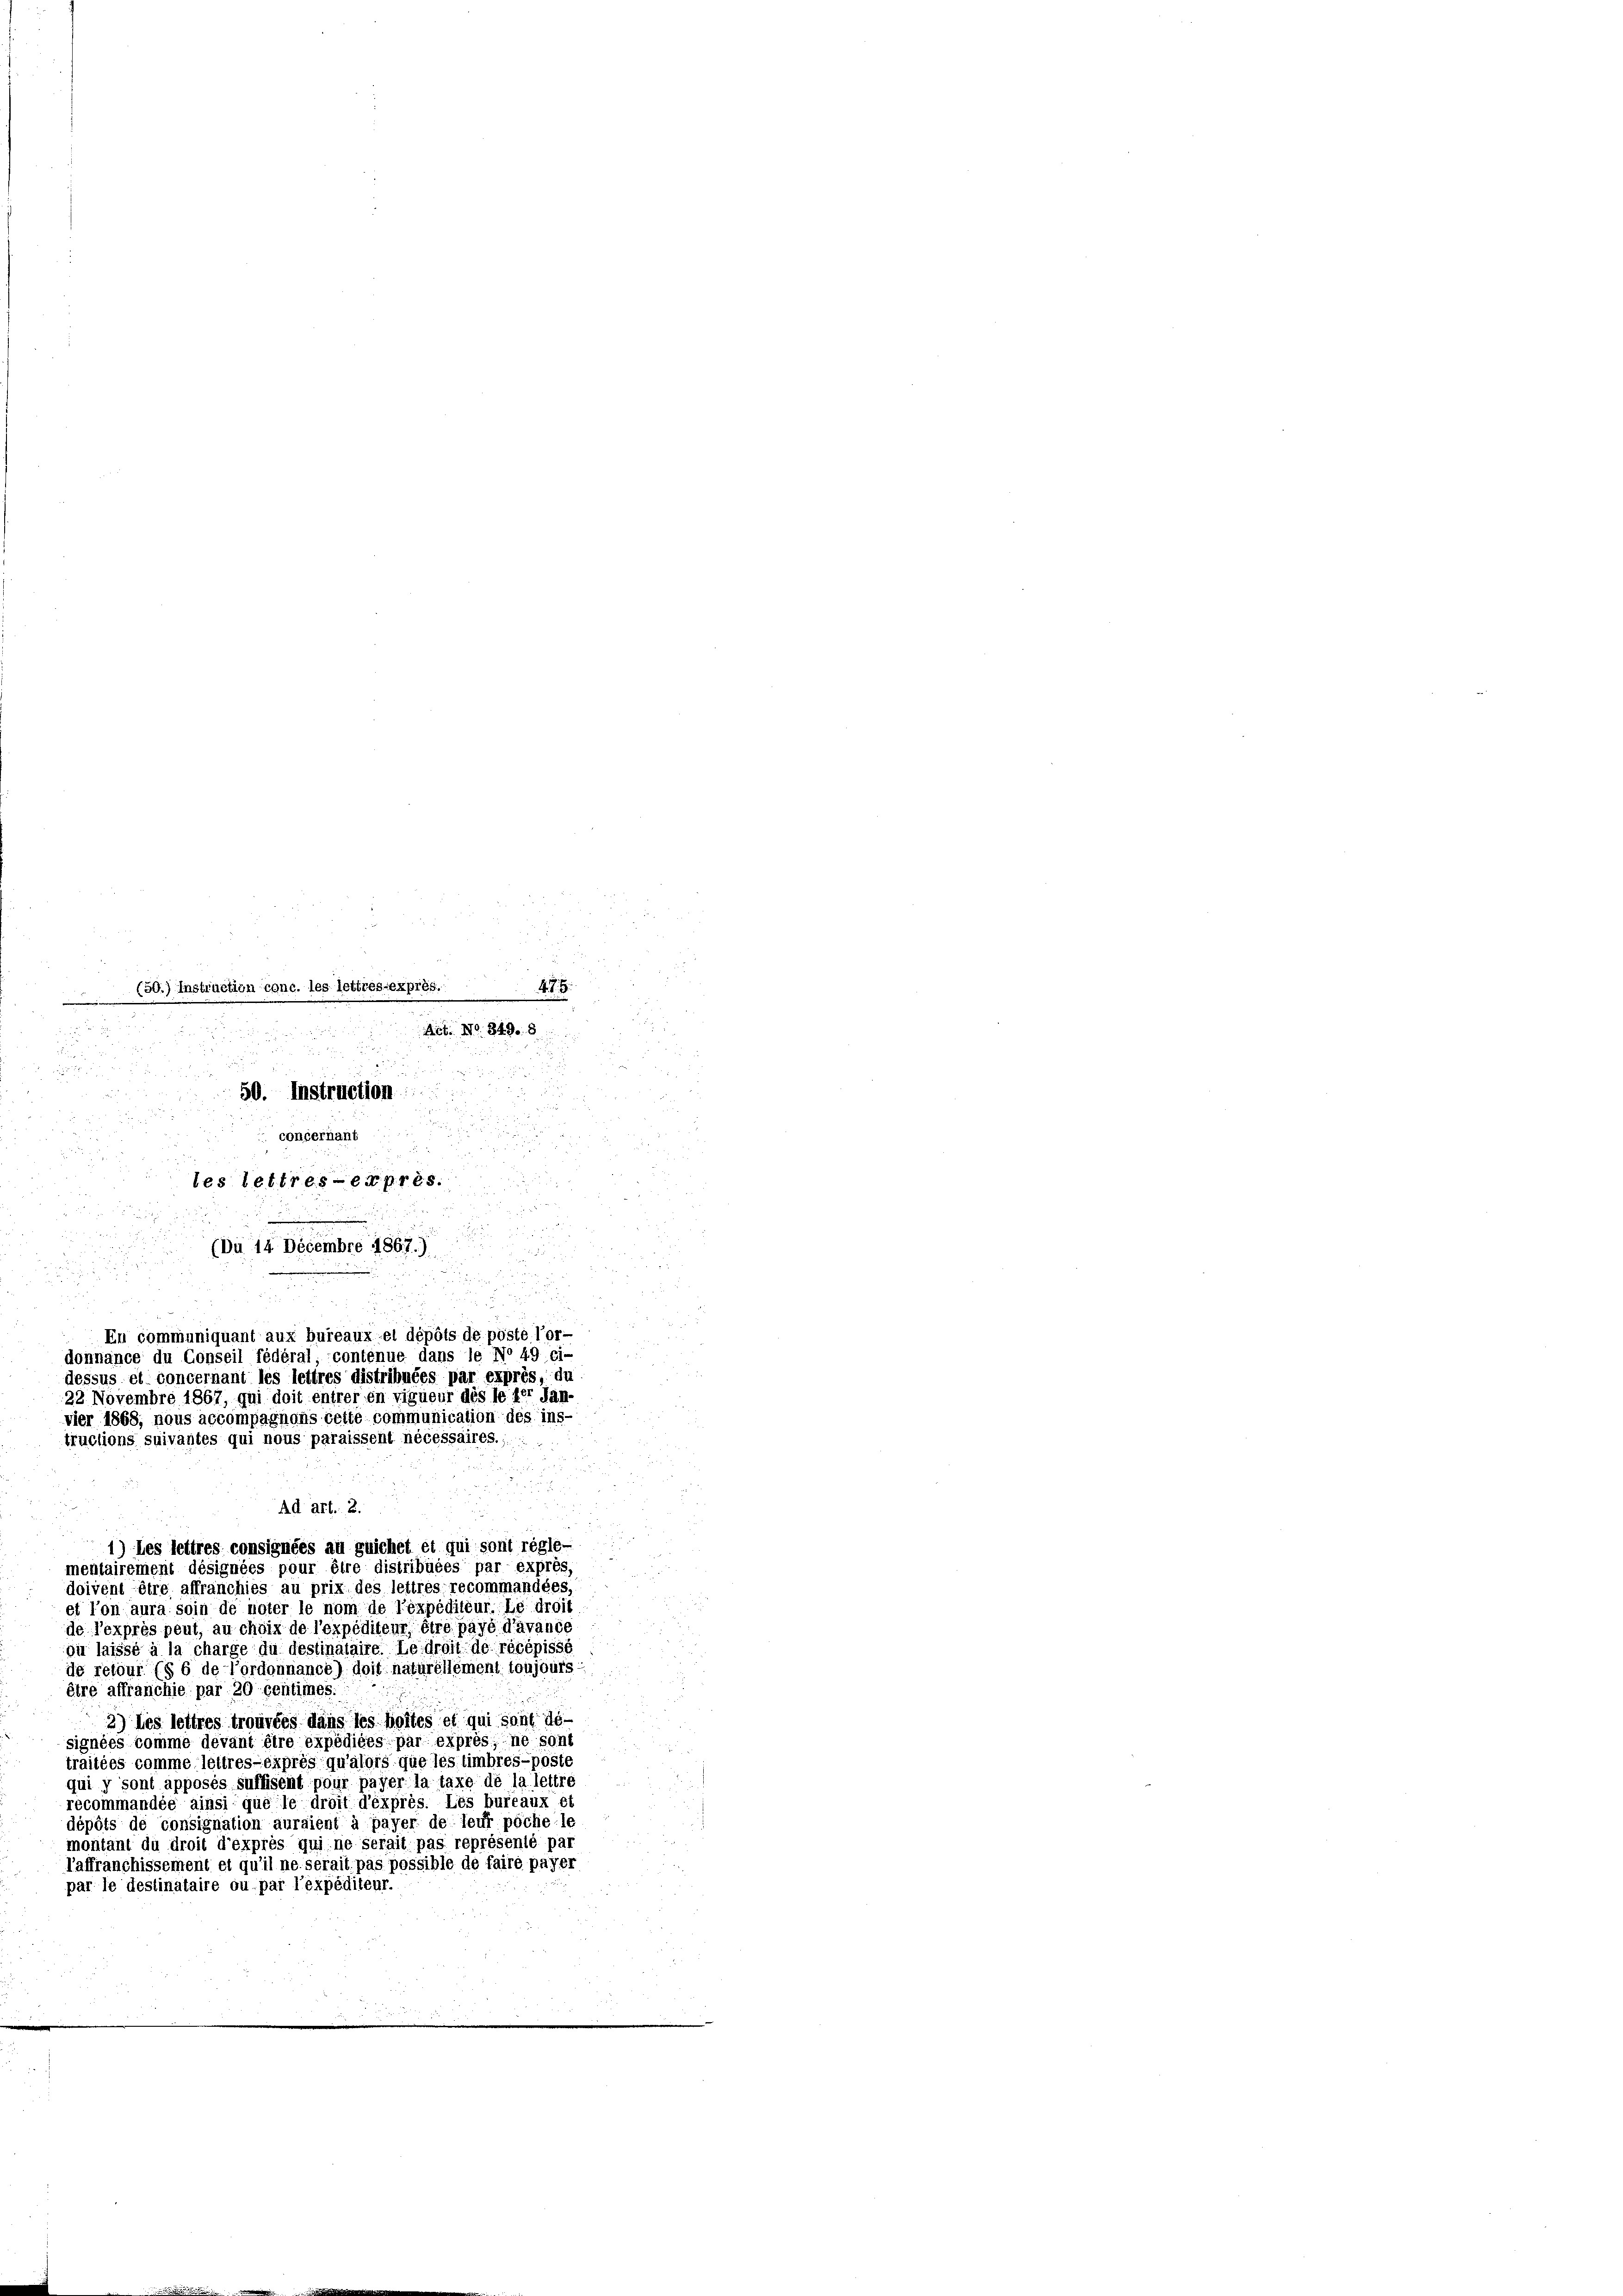
(50.) Instruction conc. les lettres exprès.
H. d.
Act. No. 849. 8
d
d
.
 f 8 x
d
50. Instruction.
f 15 x

concernant

 pr. d.

les lettres expres

.
 20
.
(Du 14 Decembre 1867.)

u

.
und
2
En communiquant aux bureaux et dépôts de pöste l’or-
donnance du Conseil fédéral contenue dans le No 49 ci-
dessus et. concernant les lettres distribuées par exprès, du
22 Novembre 1867, qui doit entrer en vigueur des le der Jän-
vier 1868, nous accompaghons beite communication des ins-
tructions suivantes qui nous paraisscht nécessaires.;

et l’on aura soin de noter le nom de Texpéditéur. Le droit
de l’expres peut, au choix de l’expéditeur être payé d’avance
ou laissé à la charge du destinataire. Le droit de récépissé
de retour (§ 6 de l’ordonnance) doit naturellement toujours
être affranchie par 20 centimes.
2) des lettres trouvées dans les bottes et qui sont dé-
signées comme devant être expodices par exprès, ne sont
traitées comme, leitres-éxprès qu’alors que les timbres-poste
qui y sont apposés suffisent pour payer la taxe de la lettre
recommandée ainsi que le droit d’éxprès. Les bureaux et
dépôts de consignation auraient à payer de leur poche le
montant du droit d’exprès qui ne serait pas représenté par
l’affranchissement et qu’il ne serait pas possible de faire payer
par le destinataire ou par l’expéditeur.

Ad Art. 2.
1) des lettres consignées au guichet et qui sont régle-
mentairement désignées pour être distribuées par exprès,
doivent être affranchies au prix des leitres recommandées,